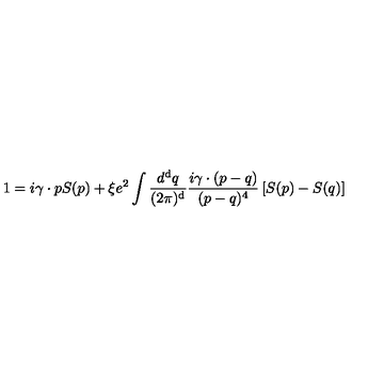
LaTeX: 1 = i \gamma \cdot p S ( p ) + \xi e ^ { 2 } \int \frac { d ^ { \mathrm { d } } q } { ( 2 \pi ) ^ { \mathrm { d } } } \frac { i \gamma \cdot ( p - q ) } { ( p - q ) ^ { 4 } } \left[ S ( p ) - S ( q ) \right]